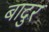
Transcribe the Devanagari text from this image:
बादुर